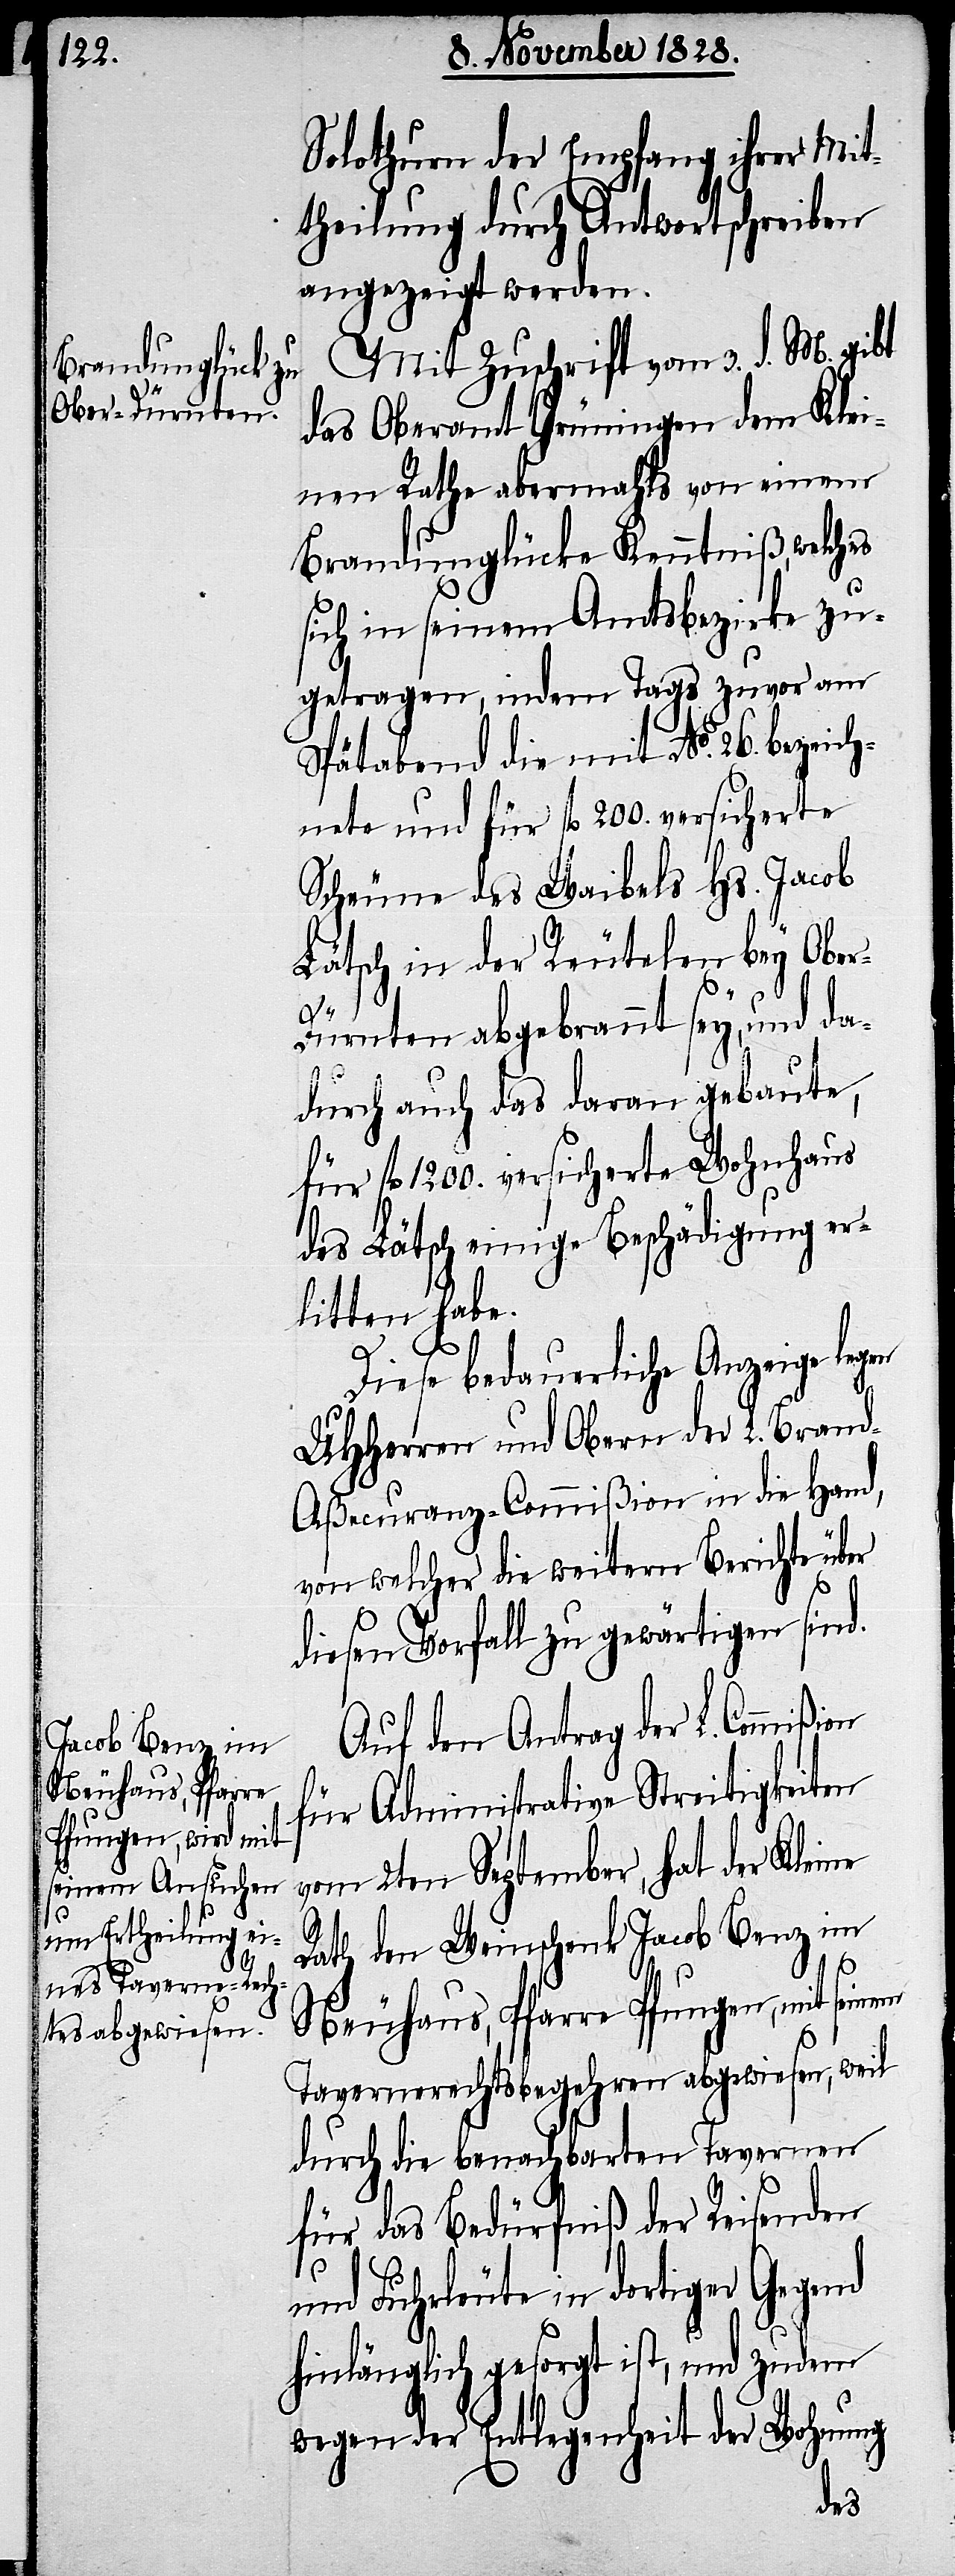
Solothurn der Empfang ihrer Mit¬
theilung durch Antwortschreiben
angezeigt werden.
Mit Zuschrift vom 3. d. M. gibt
das Oberamt Grüningen dem Klei¬
nen Rathe abermahls von einem
Brandunglücke Kenntniß, welches
sich in seinem Amtsbezirke zu¬
getragen, indem Tags zuvor am
Spätabend die mit No. 26. bezeich¬
nete und für fl. 200. versicherte
Scheune des Waibels Hs. Jacob
Lätsch der Reutelen bey Obe¬
r-Dürnten abgebrannt sey, und da¬
durch auch das daran gebaute,
für fl. 1200. versicherte Wohnhaus
des Lätsch einige Beschädigung er¬
litten habe.
Diese bedauerliche Anzeige legen
UHHerren und Obern der L. Bran¬
d-Aßecuranz-Commißion in die Hand,
von welcher die weitern Berichte über
diesen Vorfall zu gewärtigen sind.
Auf den Antrag der L. Commißi¬
für Administrative Streitigkeiten
vom 2ten September, hat der Kleine
on
Rath den Weinschenk Jacob Benz im
Neuhaus, Pfarre Pfungen, mit
Tavernerechtsbegehren abgewiesen, weil
durch die benachbarten Tavernen
für das Bedürfniß der Reisenden
und Fuhrleute in dortiger Gegend
hinlänglich gesorgt ist, und zudem
wegen der Entlegenheit der Wohnung